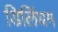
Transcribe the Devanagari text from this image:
डिलिंघम